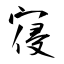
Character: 寑